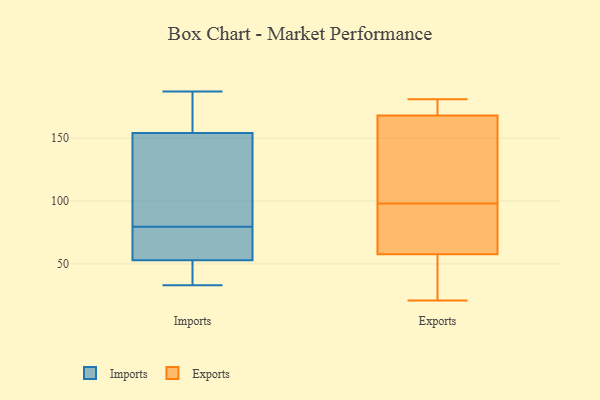
{"axis": {"x": "Humidity (%)", "y": "Value"}, "legend": ["Exports", "Imports"], "data": [{"x": "", "y": 50, "type": "Imports"}, {"x": "", "y": 156, "type": "Imports"}, {"x": "", "y": 187, "type": "Imports"}, {"x": "", "y": 129, "type": "Imports"}, {"x": "", "y": 71, "type": "Imports"}, {"x": "", "y": 154, "type": "Imports"}, {"x": "", "y": 53, "type": "Imports"}, {"x": "", "y": 88, "type": "Imports"}, {"x": "", "y": 68, "type": "Imports"}, {"x": "", "y": 33, "type": "Imports"}, {"x": "", "y": 108, "type": "Exports"}, {"x": "", "y": 79, "type": "Exports"}, {"x": "", "y": 181, "type": "Exports"}, {"x": "", "y": 77, "type": "Exports"}, {"x": "", "y": 23, "type": "Exports"}, {"x": "", "y": 170, "type": "Exports"}, {"x": "", "y": 33, "type": "Exports"}, {"x": "", "y": 180, "type": "Exports"}, {"x": "", "y": 53, "type": "Exports"}, {"x": "", "y": 146, "type": "Exports"}, {"x": "", "y": 172, "type": "Exports"}, {"x": "", "y": 72, "type": "Exports"}, {"x": "", "y": 21, "type": "Exports"}, {"x": "", "y": 149, "type": "Exports"}, {"x": "", "y": 46, "type": "Exports"}, {"x": "", "y": 181, "type": "Exports"}, {"x": "", "y": 98, "type": "Exports"}, {"x": "", "y": 78, "type": "Exports"}, {"x": "", "y": 162, "type": "Exports"}]}